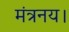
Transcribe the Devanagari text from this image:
मंत्रनय।